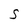
Character: S